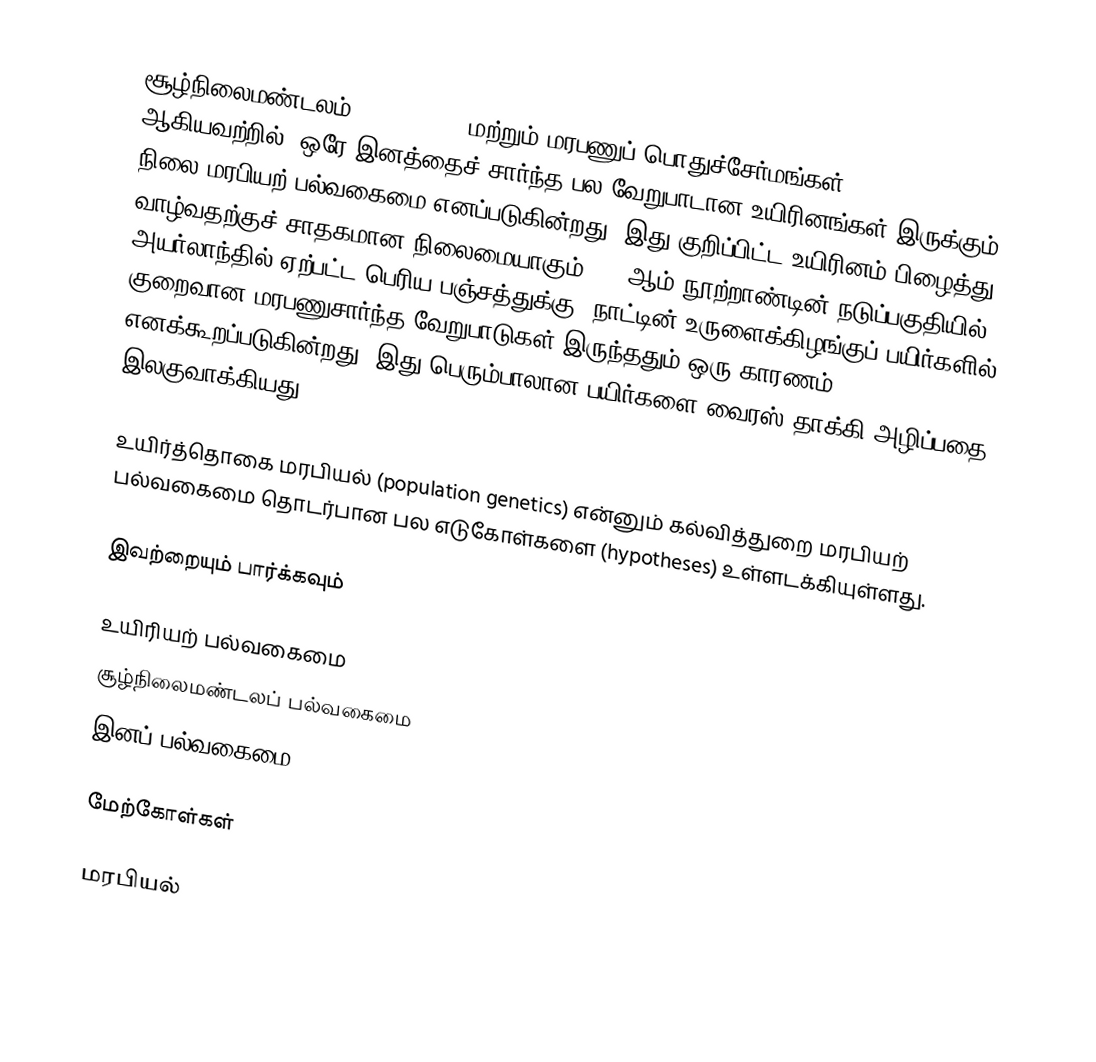
சூழ்நிலைமண்டலம் (ecosystem) மற்றும் மரபணுப் பொதுச்சேர்மங்கள் (gene pools) ஆகியவற்றில், ஒரே இனத்தைச் சார்ந்த பல வேறுபாடான உயிரினங்கள் இருக்கும் நிலை மரபியற் பல்வகைமை எனப்படுகின்றது. இது குறிப்பிட்ட உயிரினம் பிழைத்து வாழ்வதற்குச் சாதகமான நிலைமையாகும். 19 ஆம் நூற்றாண்டின் நடுப்பகுதியில் அயர்லாந்தில் ஏற்பட்ட பெரிய பஞ்சத்துக்கு, நாட்டின் உருளைக்கிழங்குப் பயிர்களில் குறைவான மரபணுசார்ந்த வேறுபாடுகள் இருந்ததும் ஒரு காரணம் எனக்கூறப்படுகின்றது. இது பெரும்பாலான பயிர்களை வைரஸ் தாக்கி அழிப்பதை இலகுவாக்கியது.

உயிர்த்தொகை மரபியல் (population genetics) என்னும் கல்வித்துறை மரபியற் பல்வகைமை தொடர்பான பல எடுகோள்களை (hypotheses) உள்ளடக்கியுள்ளது.

இவற்றையும் பார்க்கவும்

 உயிரியற் பல்வகைமை
 சூழ்நிலைமண்டலப் பல்வகைமை
 இனப் பல்வகைமை

மேற்கோள்கள்

மரபியல்